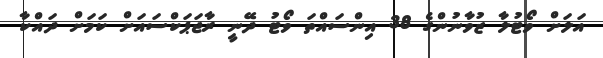
އަލަށް ވޯޓުލާ ޒުވާނުންގެ 38 އިންސައްތަ ވޯޓު ދޭނީ ރާޖަޕަކްސައަށް ކަމަށް ދައްކާ